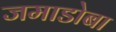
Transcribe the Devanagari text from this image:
जमाडोबा